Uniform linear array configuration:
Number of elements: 12
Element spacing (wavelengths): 0.75
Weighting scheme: hamming
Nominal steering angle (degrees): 45
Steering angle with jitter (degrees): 43.122
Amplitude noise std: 0.05
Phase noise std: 0.05

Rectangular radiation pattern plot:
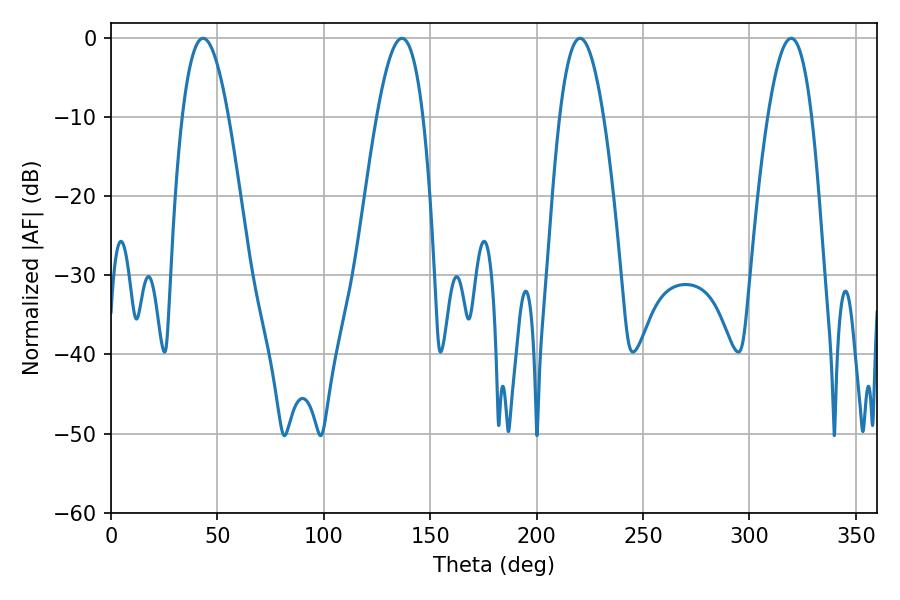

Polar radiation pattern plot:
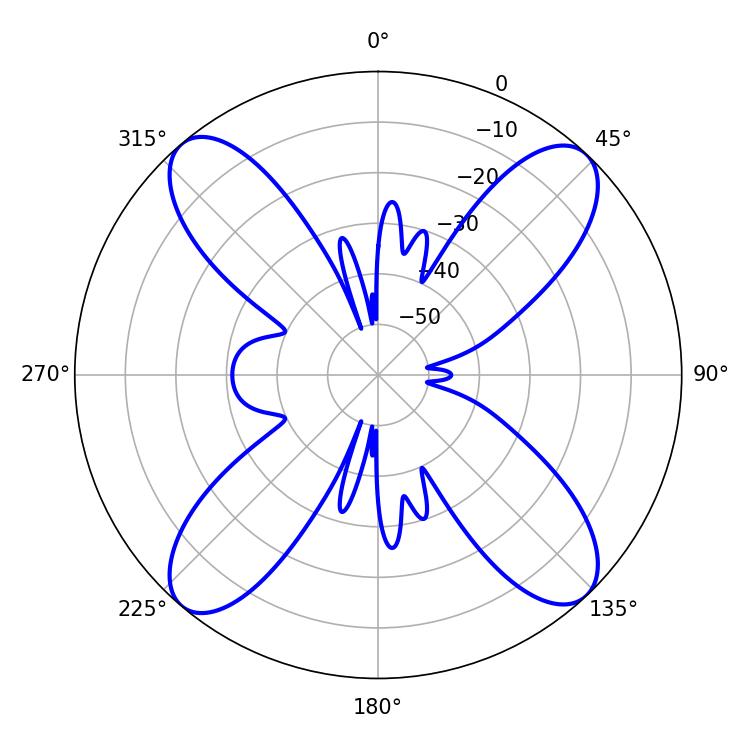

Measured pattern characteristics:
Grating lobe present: TRUE
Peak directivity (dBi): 17.98
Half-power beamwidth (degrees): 11.34
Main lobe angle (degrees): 220.32